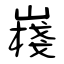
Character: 嶘